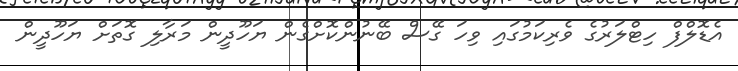
އެޑޮލްފް ހިޓްލަރުގެ ވެރިކަމުގައި ވިހަ ގޭސް ބޭނުންކޮށްގެން ޔަހޫދީން މަރާލި ގޮތަށް ޔަހޫދީން